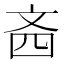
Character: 𪯣